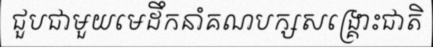
ជួបជាមួយមេដឹកនាំគណបក្សសង្គ្រោះជាតិ